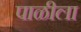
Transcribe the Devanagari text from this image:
पाळीला